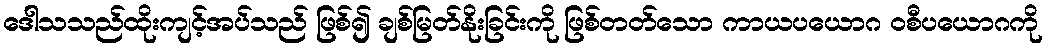
ဒေါသသည်ထိုးကျင့်အပ်သည် ဖြစ်၍ ချစ်မြတ်နိုးခြင်းကို ဖြစ်တတ်သော ကာယပယောဂ ဝစီပယောဂကို